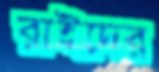
রাইদের